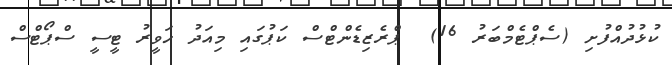
ކުޅުދުއްފުށި (ސެޕްޓެމްބަރު 16)  ޕްރެޒިޑެންޓްސް ކަޕުގައި މިއަދު ހަވީރު ޓީސީ ސްޕޯޓްސް